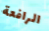
الرافعة